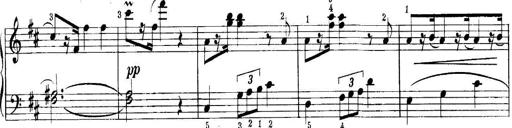
Title: Quatres sonatines
Composer: Tadeusz Joteyko